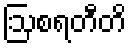
ဩစရတီတိ